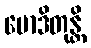
မောဒိတုန္တိ